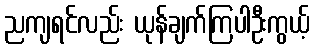
ညကျရင်လည်း ယုန်ချက်ကြပါဦးကွယ့်